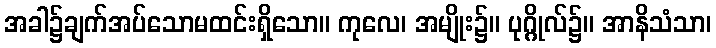
အခါ၌ချက်အပ်သောမထင်းရှိသော။ ကုလေ၊ အမျိုး၌။ ပုဂ္ဂိုလ်၌။ အာနိသံသာ၊